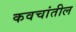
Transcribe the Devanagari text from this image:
कवचांतील